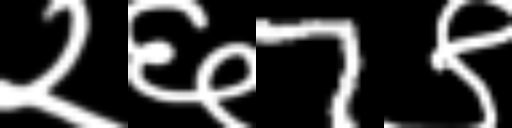
Text: २६7९